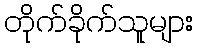
တိုက်ခိုက်သူများ